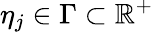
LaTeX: \eta_{j}\in\Gamma\subset\mathbb{R}^{+}